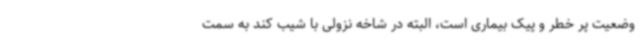
وضعیت پر خطر و پیک بیماری است، البته در شاخه نزولی با شیب کند به سمت